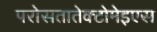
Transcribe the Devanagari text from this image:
परोसतातेक्टोमेइएस